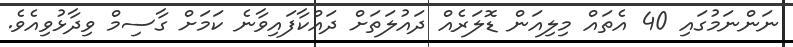
ނަންނަމުގައި 40 އެތައް މިލިއަން ޑޮލަރެއް ދައުލަތަށް ދައްކާފައިވާނެ ކަމަށް ގާސިމް ވިދާޅުވިއެވެ.